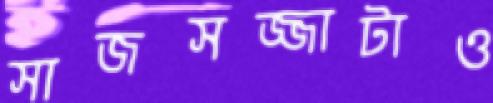
সাজসজ্জাটাও